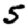
Digit: 5